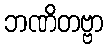
ဘဏိတဗ္ဗာ